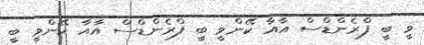
ވީ ބީ ފްރެންޑްސް އާއާ ކޭންވީ ބީ ފްރެންޑްސް އާއާ ކޭންވީ ބީ